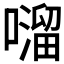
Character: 𫬂